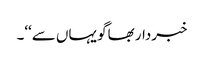
خبردار بھاگو یہاں سے‘‘۔